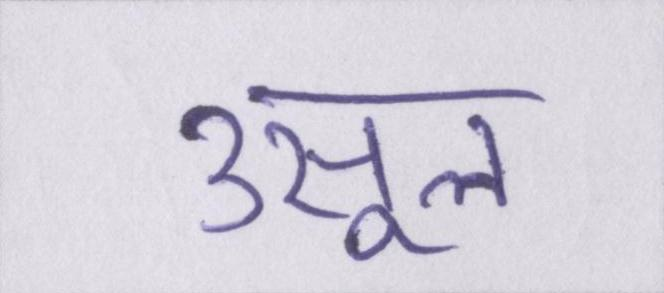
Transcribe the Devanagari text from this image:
उसूल